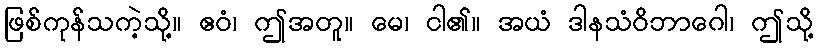
ဖြစ်ကုန်သကဲ့သို့။ ဧဝံ၊ ဤအတူ။ မေ၊ ငါ၏။ အယံ ဒါနသံဝိဘာဂေါ၊ ဤသို့